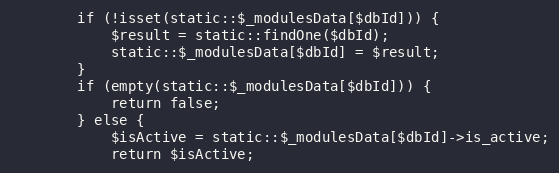
Language: PHP
        if (!isset(static::$_modulesData[$dbId])) {
            $result = static::findOne($dbId);
            static::$_modulesData[$dbId] = $result;
        }
        if (empty(static::$_modulesData[$dbId])) {
            return false;
        } else {
            $isActive = static::$_modulesData[$dbId]->is_active;
            return $isActive;